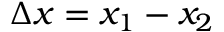
\Delta x = x _ { 1 } - x _ { 2 }